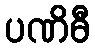
ပဏိဓီ